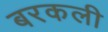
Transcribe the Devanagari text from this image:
बरकली